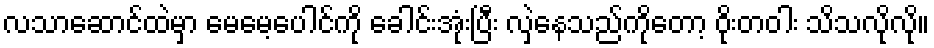
လသာဆောင်ထဲမှာ မေမေ့ပေါင်ကို ခေါင်းအုံးပြီး လှဲနေသည်ကိုတော့ ဝိုးတဝါး သိသလိုလို။